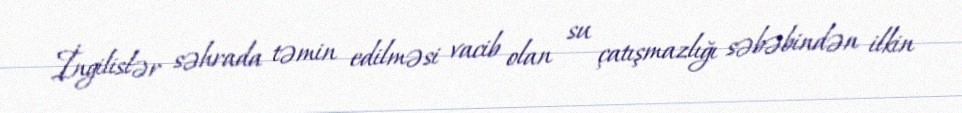
İngilislər səhrada təmin edilməsi vacib olan su çatışmazlığı səbəbindən ilkin